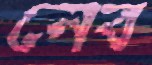
নেব